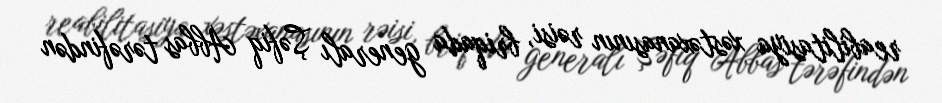
reabilitasiya xəstəxanasının rəisi, briqada generalı Şəfiq Abbas tərəfindən